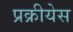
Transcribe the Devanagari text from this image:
प्रक्रीयेस